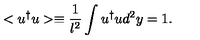
< u ^ { \dagger } u > \equiv \frac { 1 } { l ^ { 2 } } \int u ^ { \dagger } u \mathrm { } d ^ { 2 } y = 1 .